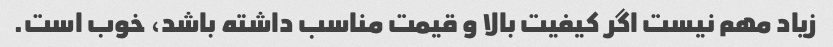
زیاد مهم نیست اگر کیفیت بالا و قیمت مناسب داشته باشد، خوب است.